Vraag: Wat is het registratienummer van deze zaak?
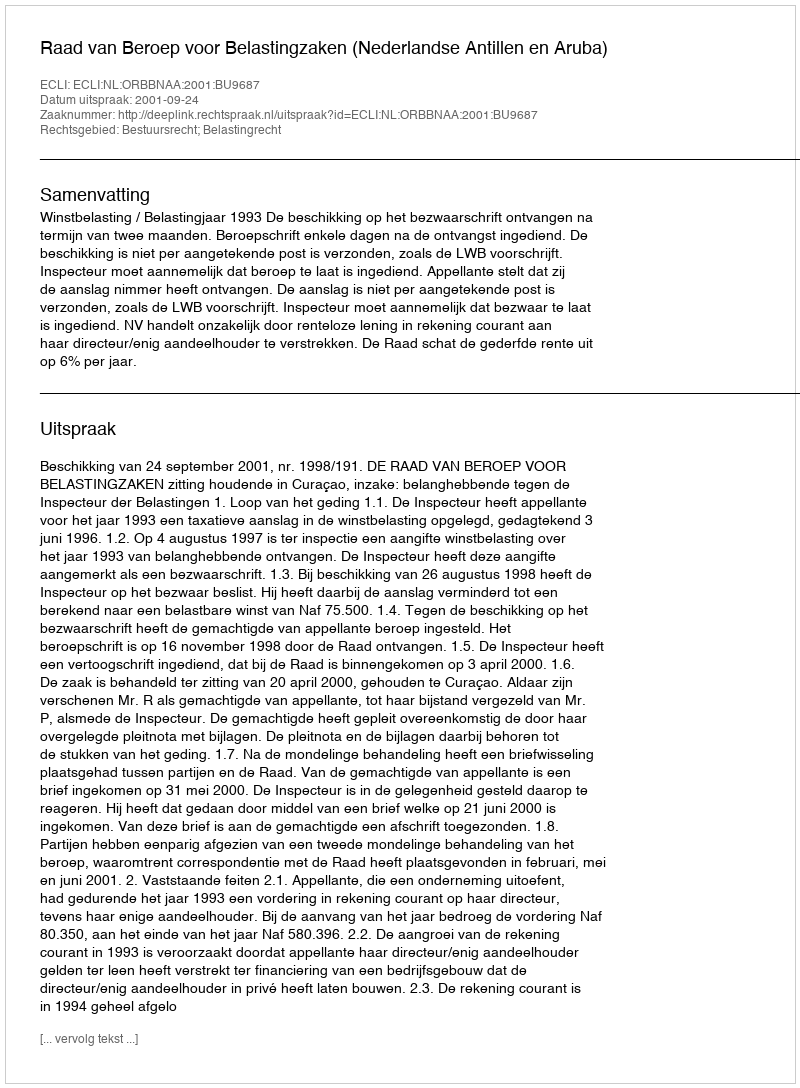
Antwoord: http://deeplink.rechtspraak.nl/uitspraak?id=ECLI:NL:ORBBNAA:2001:BU9687